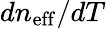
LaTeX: dn_{\mathrm{eff}}/dT